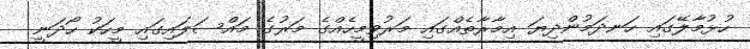
ހުޅުމާލޭގައި ހަނދަމުންދިޔަ އިމާރާތެއްގައި މަރުވިމީހެއްގެ މަރުގެ މައްސަލައިގައި މީހަކު ހޯދަނީ